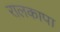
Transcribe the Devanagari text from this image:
रालकापा